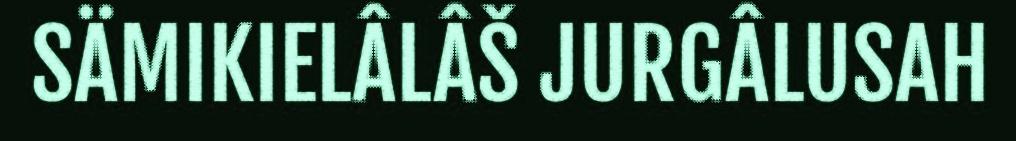
SÄMIKIELÂLÂŠ JURGÂLUSAH